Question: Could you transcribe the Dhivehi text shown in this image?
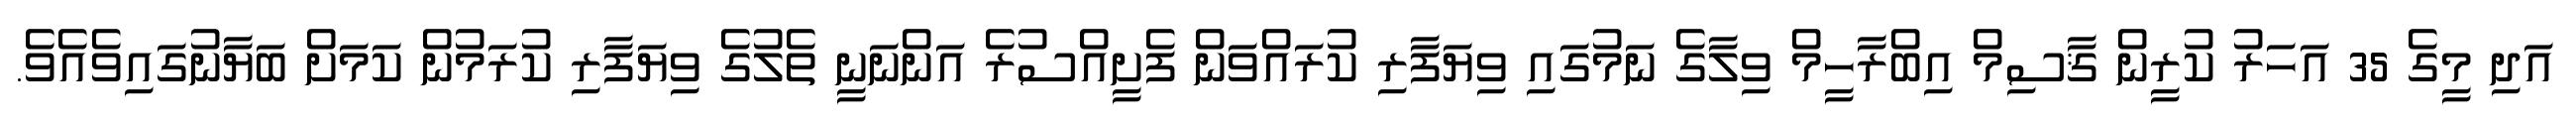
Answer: އަދި މީގެ 35 އަހަރު ކުރީން ޤާސިމް އިބްރާހީމް ވިލާގެ ނަމުގައި ވިޔަފާރި ކުރައްވަން ފެށީއްސުރެ އަންނަނީ ތެލުގެ ވިޔަފާރި ކުރަމުން ކަމަށް ބަޔާނުގައިވެއެވެ.